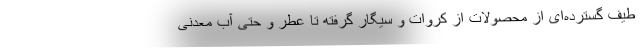
طیف گسترده‌ای از محصولات از کروات و سیگار گرفته تا عطر و حتی آب معدنی